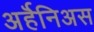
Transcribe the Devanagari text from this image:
अर्हॆनिअस